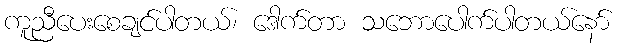
ကူညီပေးစေချင်ပါတယ်၊ ဒေါက်တာ သဘောပေါက်ပါတယ်နော်